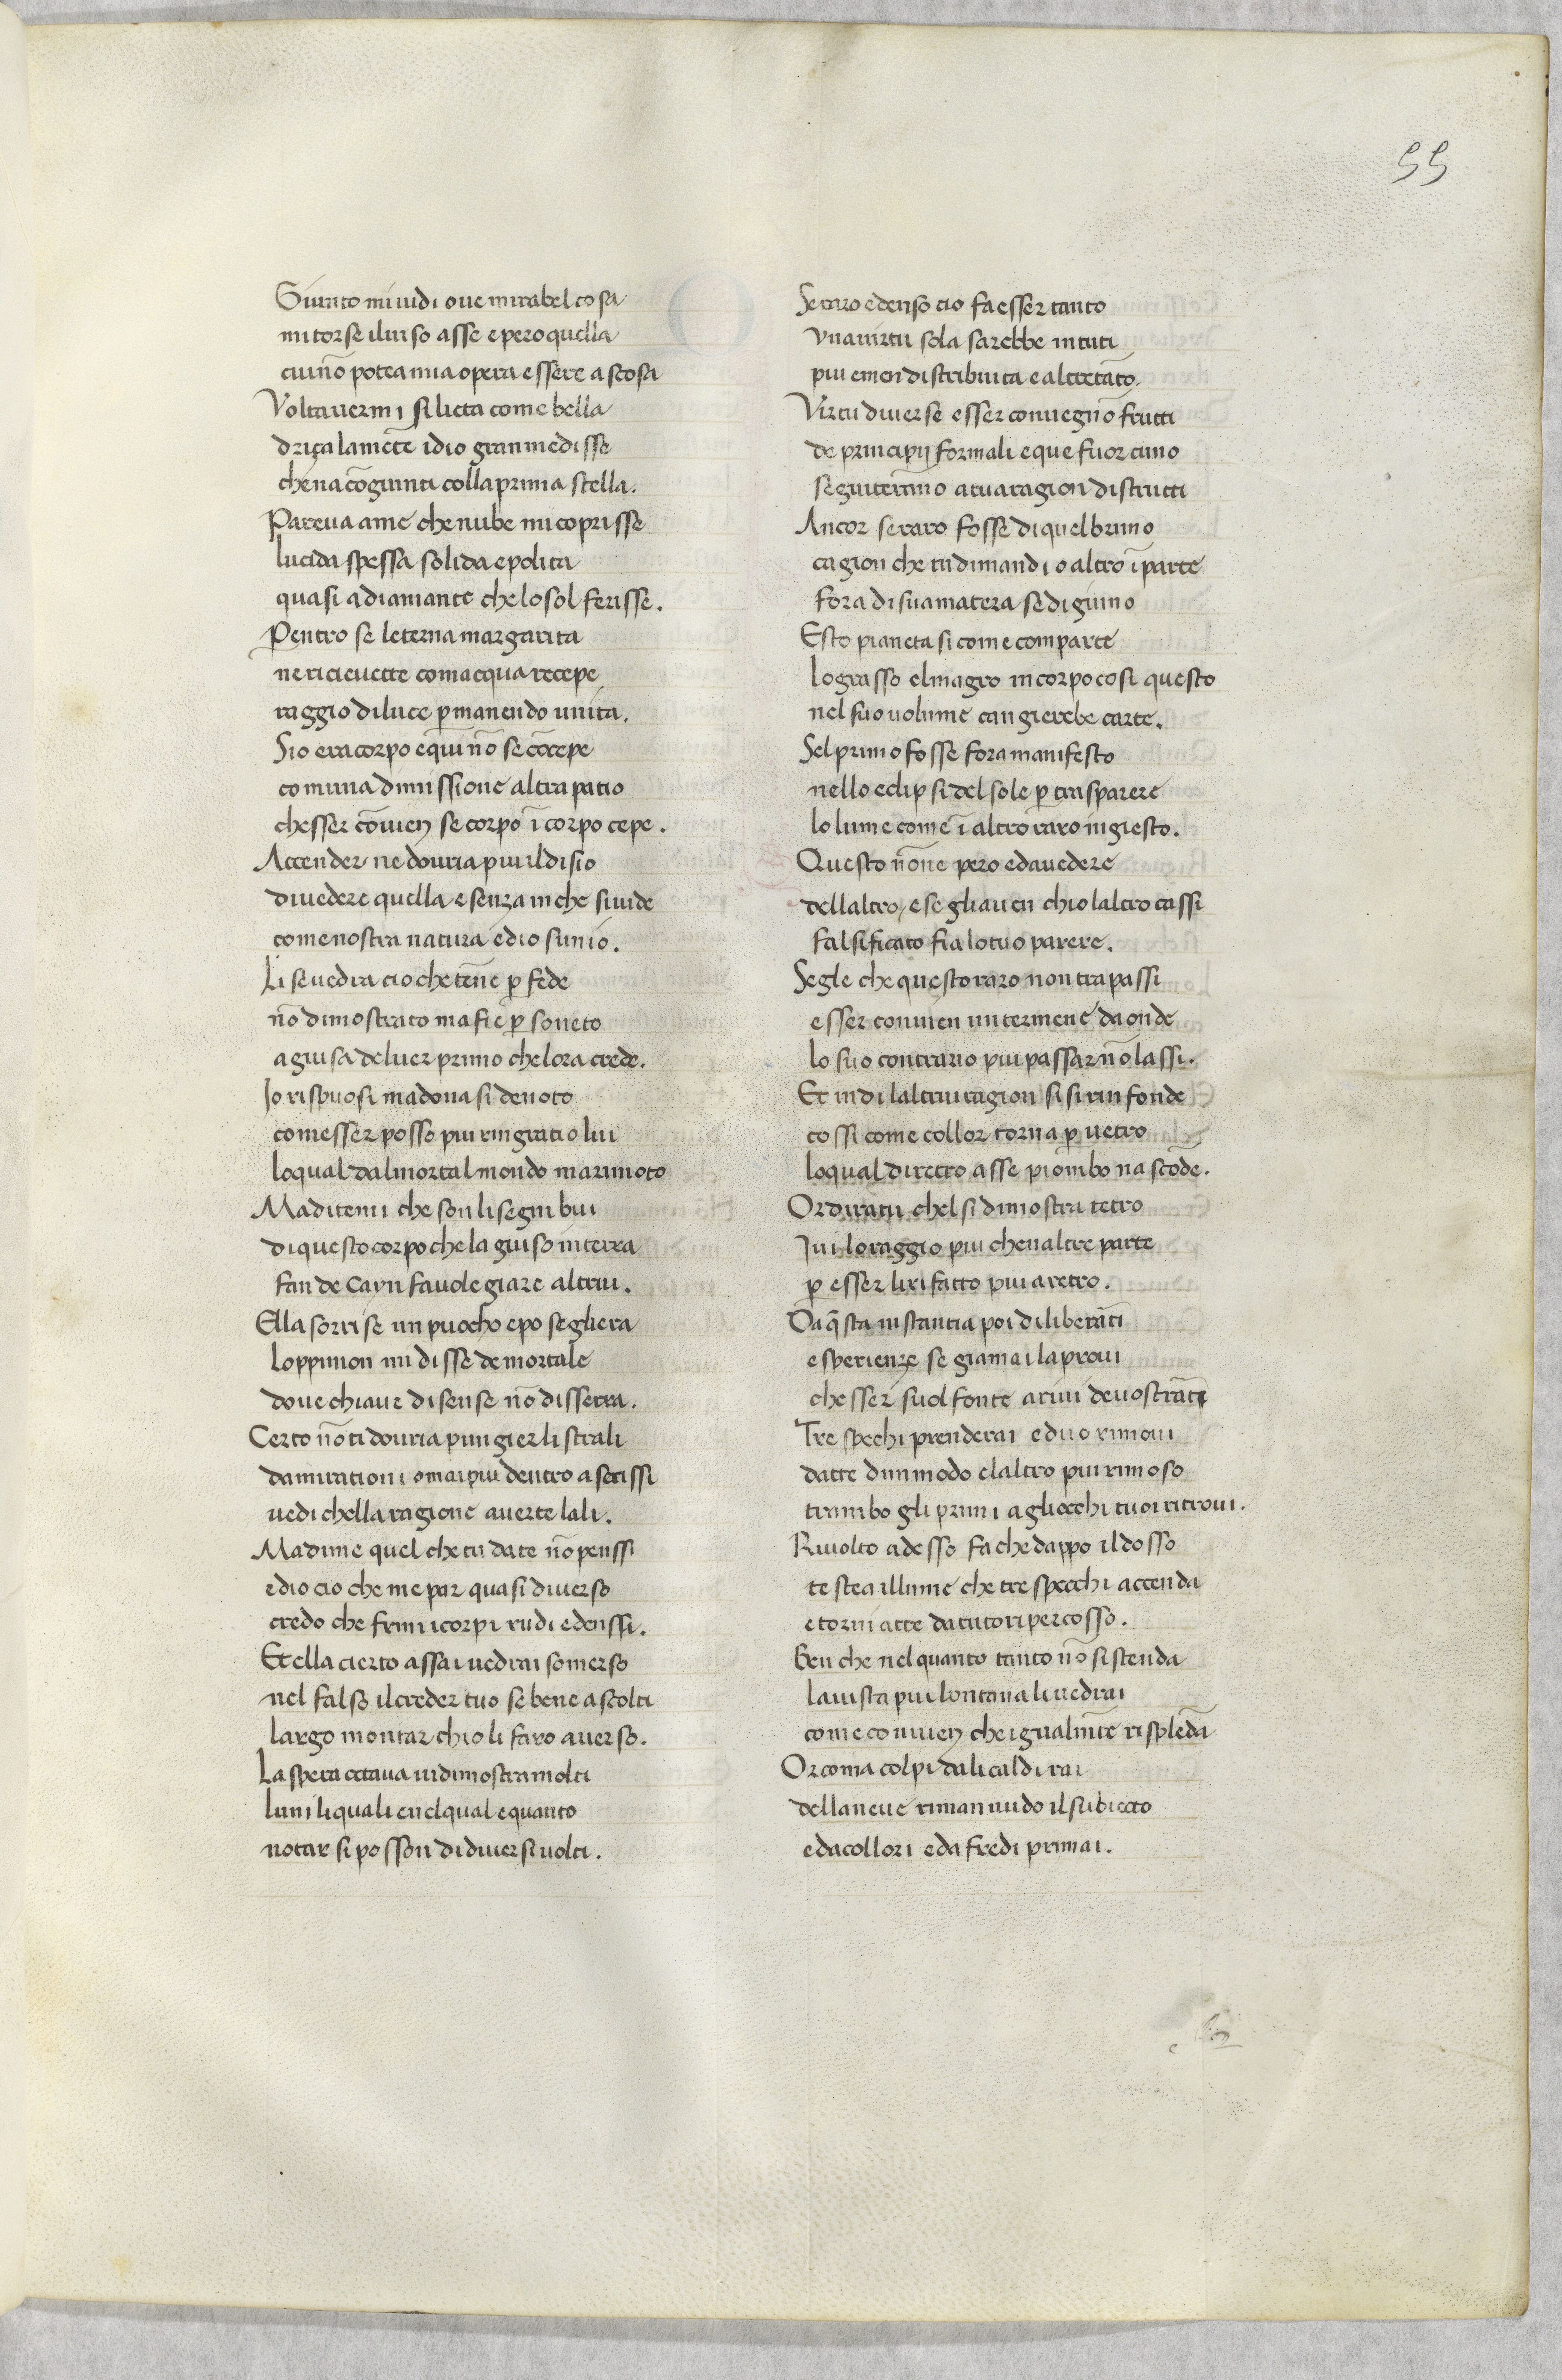
Shelfmark: Paris, BnF, ita. 79
Century: 14